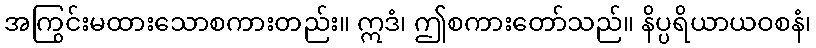
အကြွင်းမထားသောစကားတည်း။ ဣဒံ၊ ဤစကားတော်သည်။ နိပ္ပရိယာယဝစနံ၊